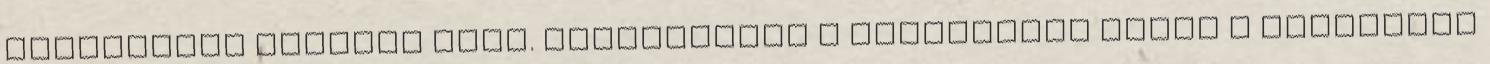
kötelezően takarni kell. Kukoricában a barkófajok ellen a károsítás